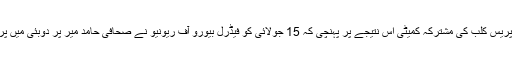
آن لائن ہراساں: پاکستان فیڈرل یونین آف جرنلسٹ اور نیشنل پریس کلب کی مشترکہ کمیٹی اس نتیجے پر پہنچی کہ 15 جولائی کو فیڈرل بیورو آف ریونیو نے صحافی حامد میر پر دوبئی میں پراپرٹی ہونے کا الزام لگایا تھا وہ مکمل طور پر بے بنیاد ہے۔